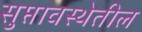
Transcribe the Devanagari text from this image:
सुप्तावस्थेतील